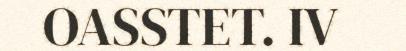
OASSTET. IV